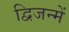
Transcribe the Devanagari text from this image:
द्विजन्में